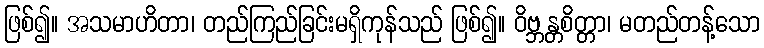
ဖြစ်၍။ အသမာဟိတာ၊ တည်ကြည်ခြင်းမရှိကုန်သည် ဖြစ်၍။ ဝိဗ္ဘန္တစိတ္တာ၊ မတည်တန့်သော